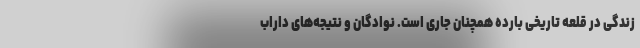
زندگی در قلعه تاریخی بارده همچنان جاری است. نوادگان و نتیجه‌های داراب